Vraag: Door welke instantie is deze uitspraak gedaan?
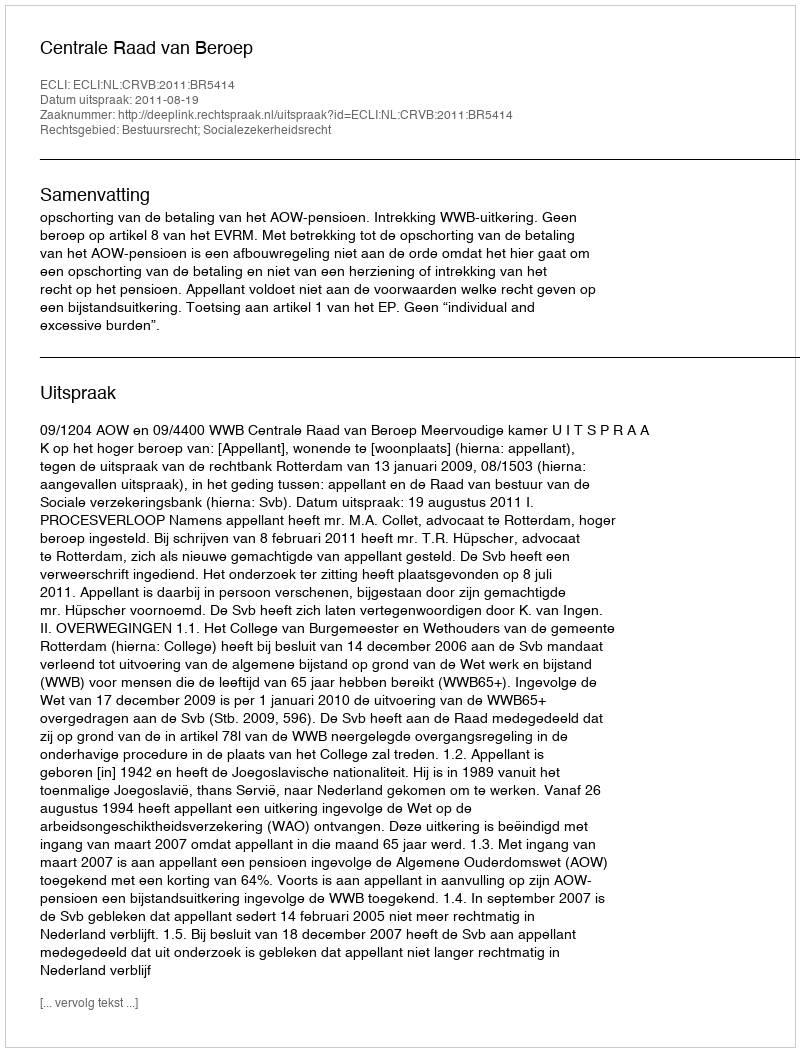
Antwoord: Centrale Raad van Beroep